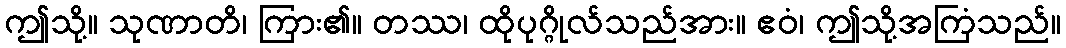
ဤသို့။ သုဏာတိ၊ ကြား၏။ တဿ၊ ထိုပုဂ္ဂိုလ်သည်အား။ ဧဝံ၊ ဤသို့အကြံသည်။